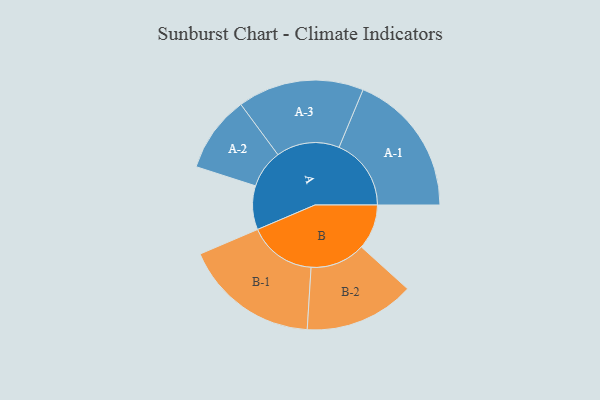
{"axis": {"x": "Segment", "y": "Value"}, "legend": ["", "A", "B"], "data": [{"x": "A", "y": 172, "type": ""}, {"x": "B", "y": 177, "type": ""}, {"x": "A-1", "y": 283, "type": "A"}, {"x": "A-2", "y": 150, "type": "A"}, {"x": "A-3", "y": 248, "type": "A"}, {"x": "B-1", "y": 266, "type": "B"}, {"x": "B-2", "y": 216, "type": "B"}]}